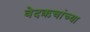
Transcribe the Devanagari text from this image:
वेदऋचांच्या